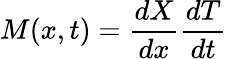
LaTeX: M(x,t)=\frac{dX}{dx}\frac{dT}{dt}